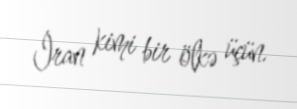
İran kimi bir ölkə üçün.